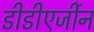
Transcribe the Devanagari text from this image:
डीडीएर्जीन